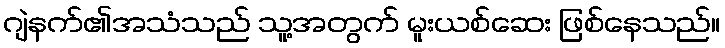
ဂျဲနက်၏အသံသည် သူ့အတွက် မူးယစ်ဆေး ဖြစ်နေသည်။